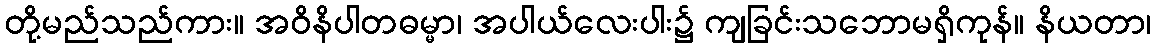
တို့မည်သည်ကား။ အဝိနိပါတဓမ္မာ၊ အပါယ်လေးပါး၌ ကျခြင်းသဘောမရှိကုန်။ နိယတာ၊